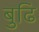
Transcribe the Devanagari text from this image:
बुढि